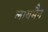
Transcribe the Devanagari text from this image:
लायमैन